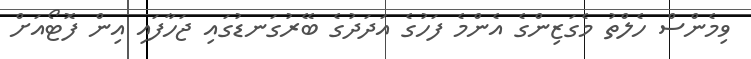
ވިމެންސް ހެލްތު މެގަޒިންގެ އެންމެ ފަހުގެ އަދަދުގެ ބޭރުގަނޑުގައި ޖަހާފައި އިން ފޮޓޯއަށް